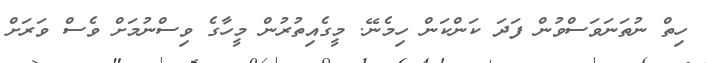
ހިތް ނުތަނަވަސްވުން ފަދަ ކަންކަން ހިމެނޭ. މީގެއިތުރުން މީހާގެ ވިސްނުމަށް ވެސް ވަރަށް